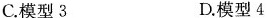
C.模型3 D.模型4